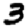
Digit: 3